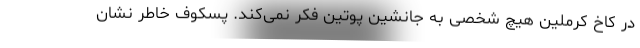
در کاخ کرملین هیچ شخصی به جانشین پوتین فکر نمی‌کند. پسکوف خاطر نشان